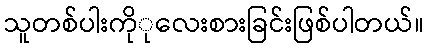
သူတစ်ပါးကိုုလေးစားခြင်းဖြစ်ပါတယ်။